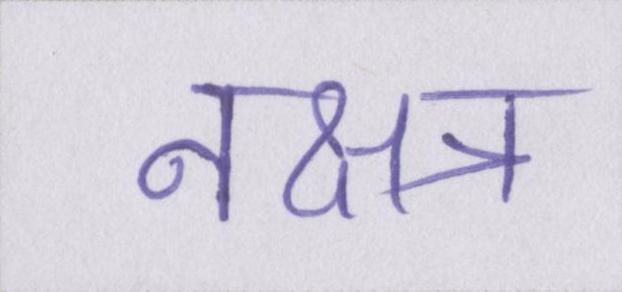
नक्षत्र